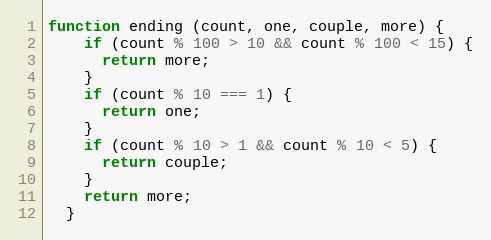
Language: JavaScript
function ending (count, one, couple, more) {
    if (count % 100 > 10 && count % 100 < 15) {
      return more;
    }
    if (count % 10 === 1) {
      return one;
    }
    if (count % 10 > 1 && count % 10 < 5) {
      return couple;
    }
    return more;
  }